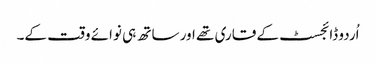
اُردو ڈائجسٹ کے قاری تھے اور ساتھ ہی نوائے وقت کے۔